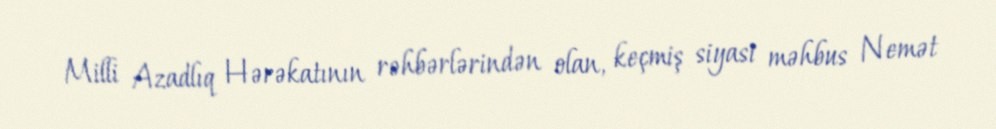
Milli Azadlıq Hərəkatının rəhbərlərindən olan, keçmiş siyasi məhbus Nemət